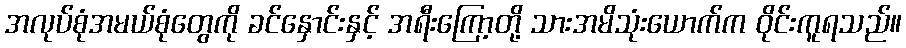
အလုပ်စုံအမယ်စုံတွေကို ခင်နှောင်းနှင့် အရီးကြော့တို့ သားအမိသုံးယောက်က ဝိုင်းကူရသည်။